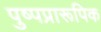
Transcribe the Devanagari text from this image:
पुष्पप्रारूपिक